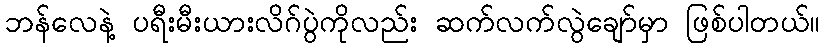
ဘန်လေနဲ့ ပရီးမီးယားလိဂ်ပွဲကိုလည်း ဆက်လက်လွဲချော်မှာ ဖြစ်ပါတယ်။